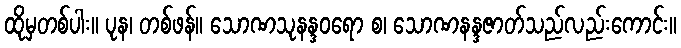
ထိုမှတစ်ပါး။ ပုန၊ တစ်ဖန်။ သောဏသုနန္ဒဝရော စ၊ သောဏနန္ဒဇာတ်သည်လည်းကောင်း။